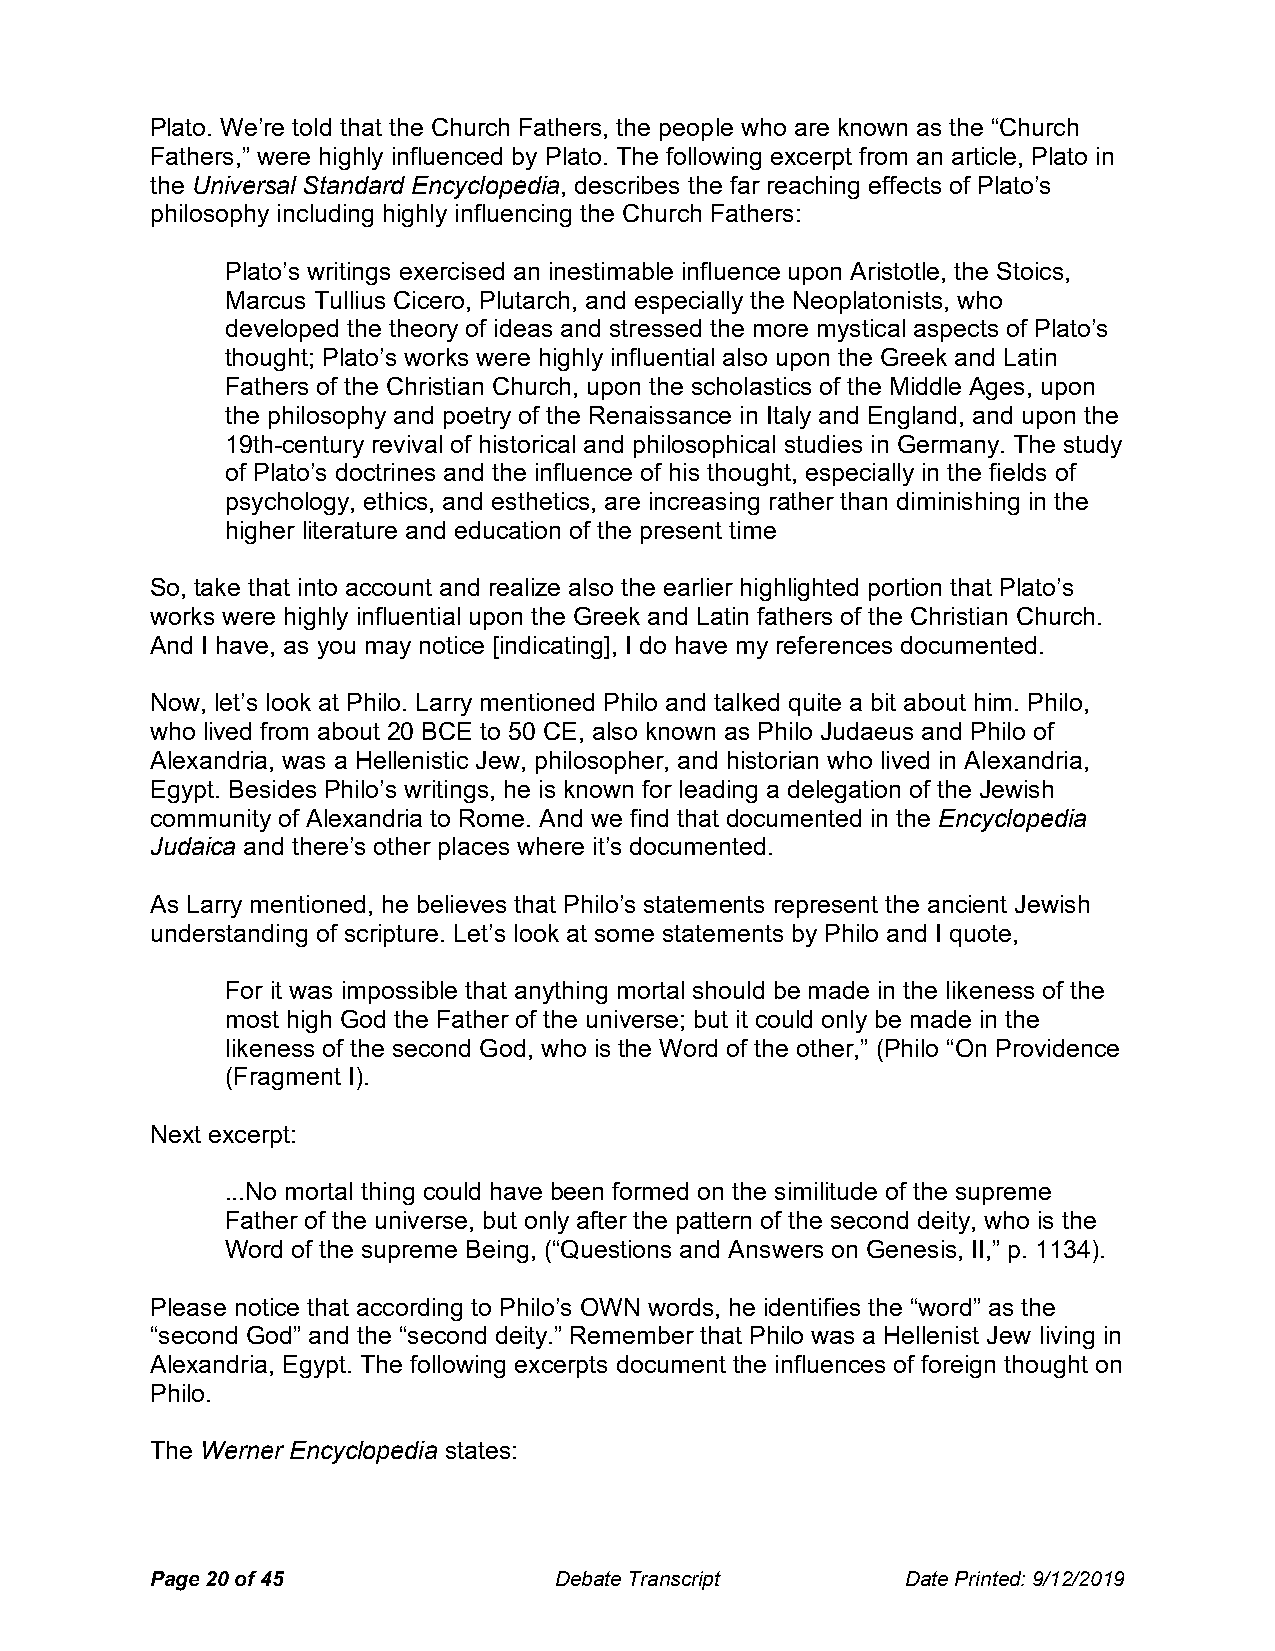
Plato. We’re told that the Church Fathers, the people who are known as the “Church
 Fathers,” were highly influenced by Plato. The following excerpt from an article, Plato in
 the Universal Standard Encyclopedia, describes the far reaching effects of Plato’s
 philosophy including highly influencing the Church Fathers:
 Plato’s writings exercised an inestimable influence upon Aristotle, the Stoics,
 Marcus Tullius Cicero, Plutarch, and especially the Neoplatonists, who
 developed the theory of ideas and stressed the more mystical aspects of Plato’s
 thought; Plato’s works were highly influential also upon the Greek and Latin
 Fathers of the Christian Church, upon the scholastics of the Middle Ages, upon
 the philosophy and poetry of the Renaissance in Italy and England, and upon the
 19th-century revival of historical and philosophical studies in Germany. The study
 of Plato’s doctrines and the influence of his thought, especially in the fields of
 psychology, ethics, and esthetics, are increasing rather than diminishing in the
 higher literature and education of the present time
 So, take that into account and realize also the earlier highlighted portion that Plato’s
 works were highly influential upon the Greek and Latin fathers of the Christian Church.
 And I have, as you may notice [indicating], I do have my references documented.
 Now, let’s look at Philo. Larry mentioned Philo and talked quite a bit about him. Philo,
 who lived from about 20 BCE to 50 CE, also known as Philo Judaeus and Philo of
 Alexandria, was a Hellenistic Jew, philosopher, and historian who lived in Alexandria,
 Egypt. Besides Philo’s writings, he is known for leading a delegation of the Jewish
 community of Alexandria to Rome. And we find that documented in the Encyclopedia
 Judaica and there’s other places where it’s documented.
 As Larry mentioned, he believes that Philo’s statements represent the ancient Jewish
 understanding of scripture. Let’s look at some statements by Philo and I quote,
 For it was impossible that anything mortal should be made in the likeness of the
 most high God the Father of the universe; but it could only be made in the
 likeness of the second God, who is the Word of the other,” (Philo “On Providence
 (Fragment I).
 Next excerpt:
 ...No mortal thing could have been formed on the similitude of the supreme
 Father of the universe, but only after the pattern of the second deity, who is the
 Word of the supreme Being, (“Questions and Answers on Genesis, II,” p. 1134).
 Please notice that according to Philo’s OWN words, he identifies the “word” as the
 “second God” and the “second deity.” Remember that Philo was a Hellenist Jew living in
 Alexandria, Egypt. The following excerpts document the influences of foreign thought on
 Philo.
 The Werner Encyclopedia states:
 Page 20 of 45              Debate Transcript      Date Printed: 9/12/2019